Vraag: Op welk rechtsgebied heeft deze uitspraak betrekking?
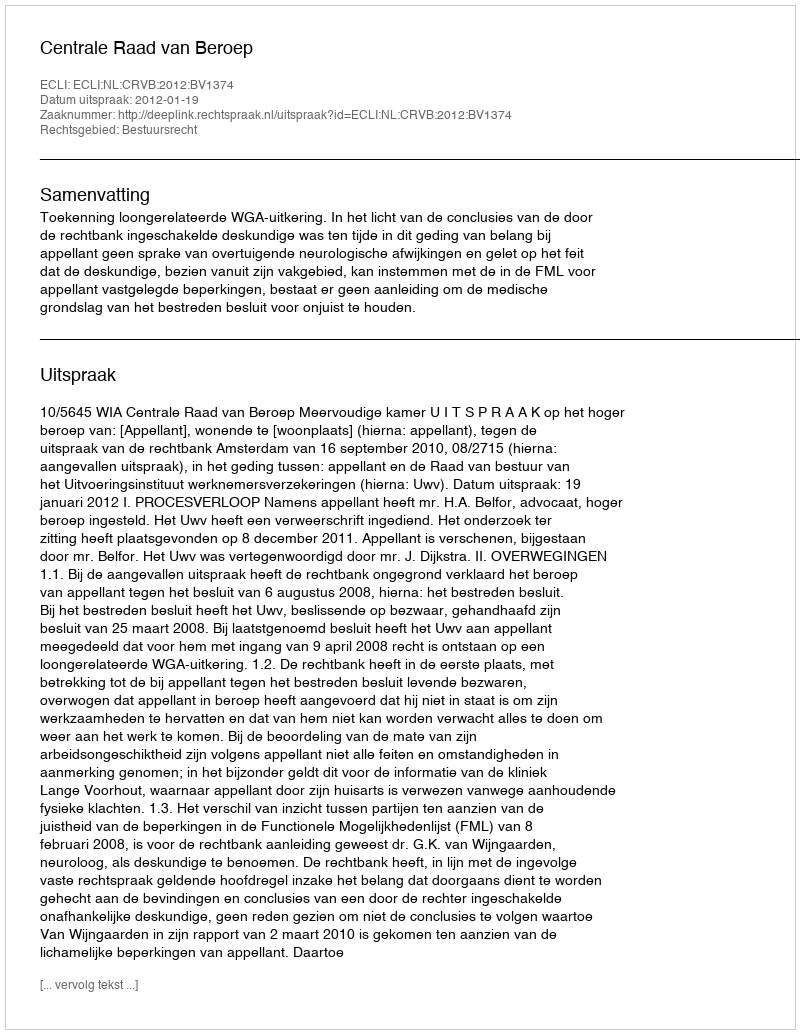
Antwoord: Bestuursrecht